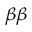
_ { \beta \beta }